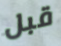
قبل